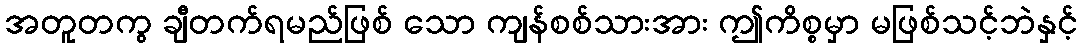
အတူတကွ ချီတက်ရမည်ဖြစ် သော ကျန်စစ်သားအား ဤကိစ္စမှာ မဖြစ်သင့်ဘဲနှင့်